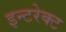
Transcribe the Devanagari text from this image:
इन्टरेक्ट